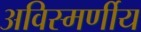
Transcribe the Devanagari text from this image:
अविस्मर्णीय